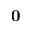
\mathbf { 0 }